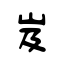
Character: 岌